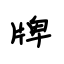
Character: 牌